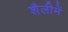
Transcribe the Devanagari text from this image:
शैलीमें